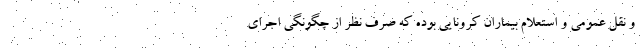
و نقل عمومی و استعلام بیماران کرونایی بوده که صرف نظر از چگونگی اجرای